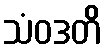
သံဝဒတိ